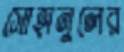
সোহানুলের